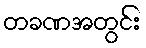
တခဏအတွင်း